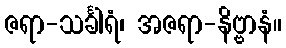
ဇရာ-သင်္ခါရံ၊ အဇရာ-နိဗ္ဗာနံ။